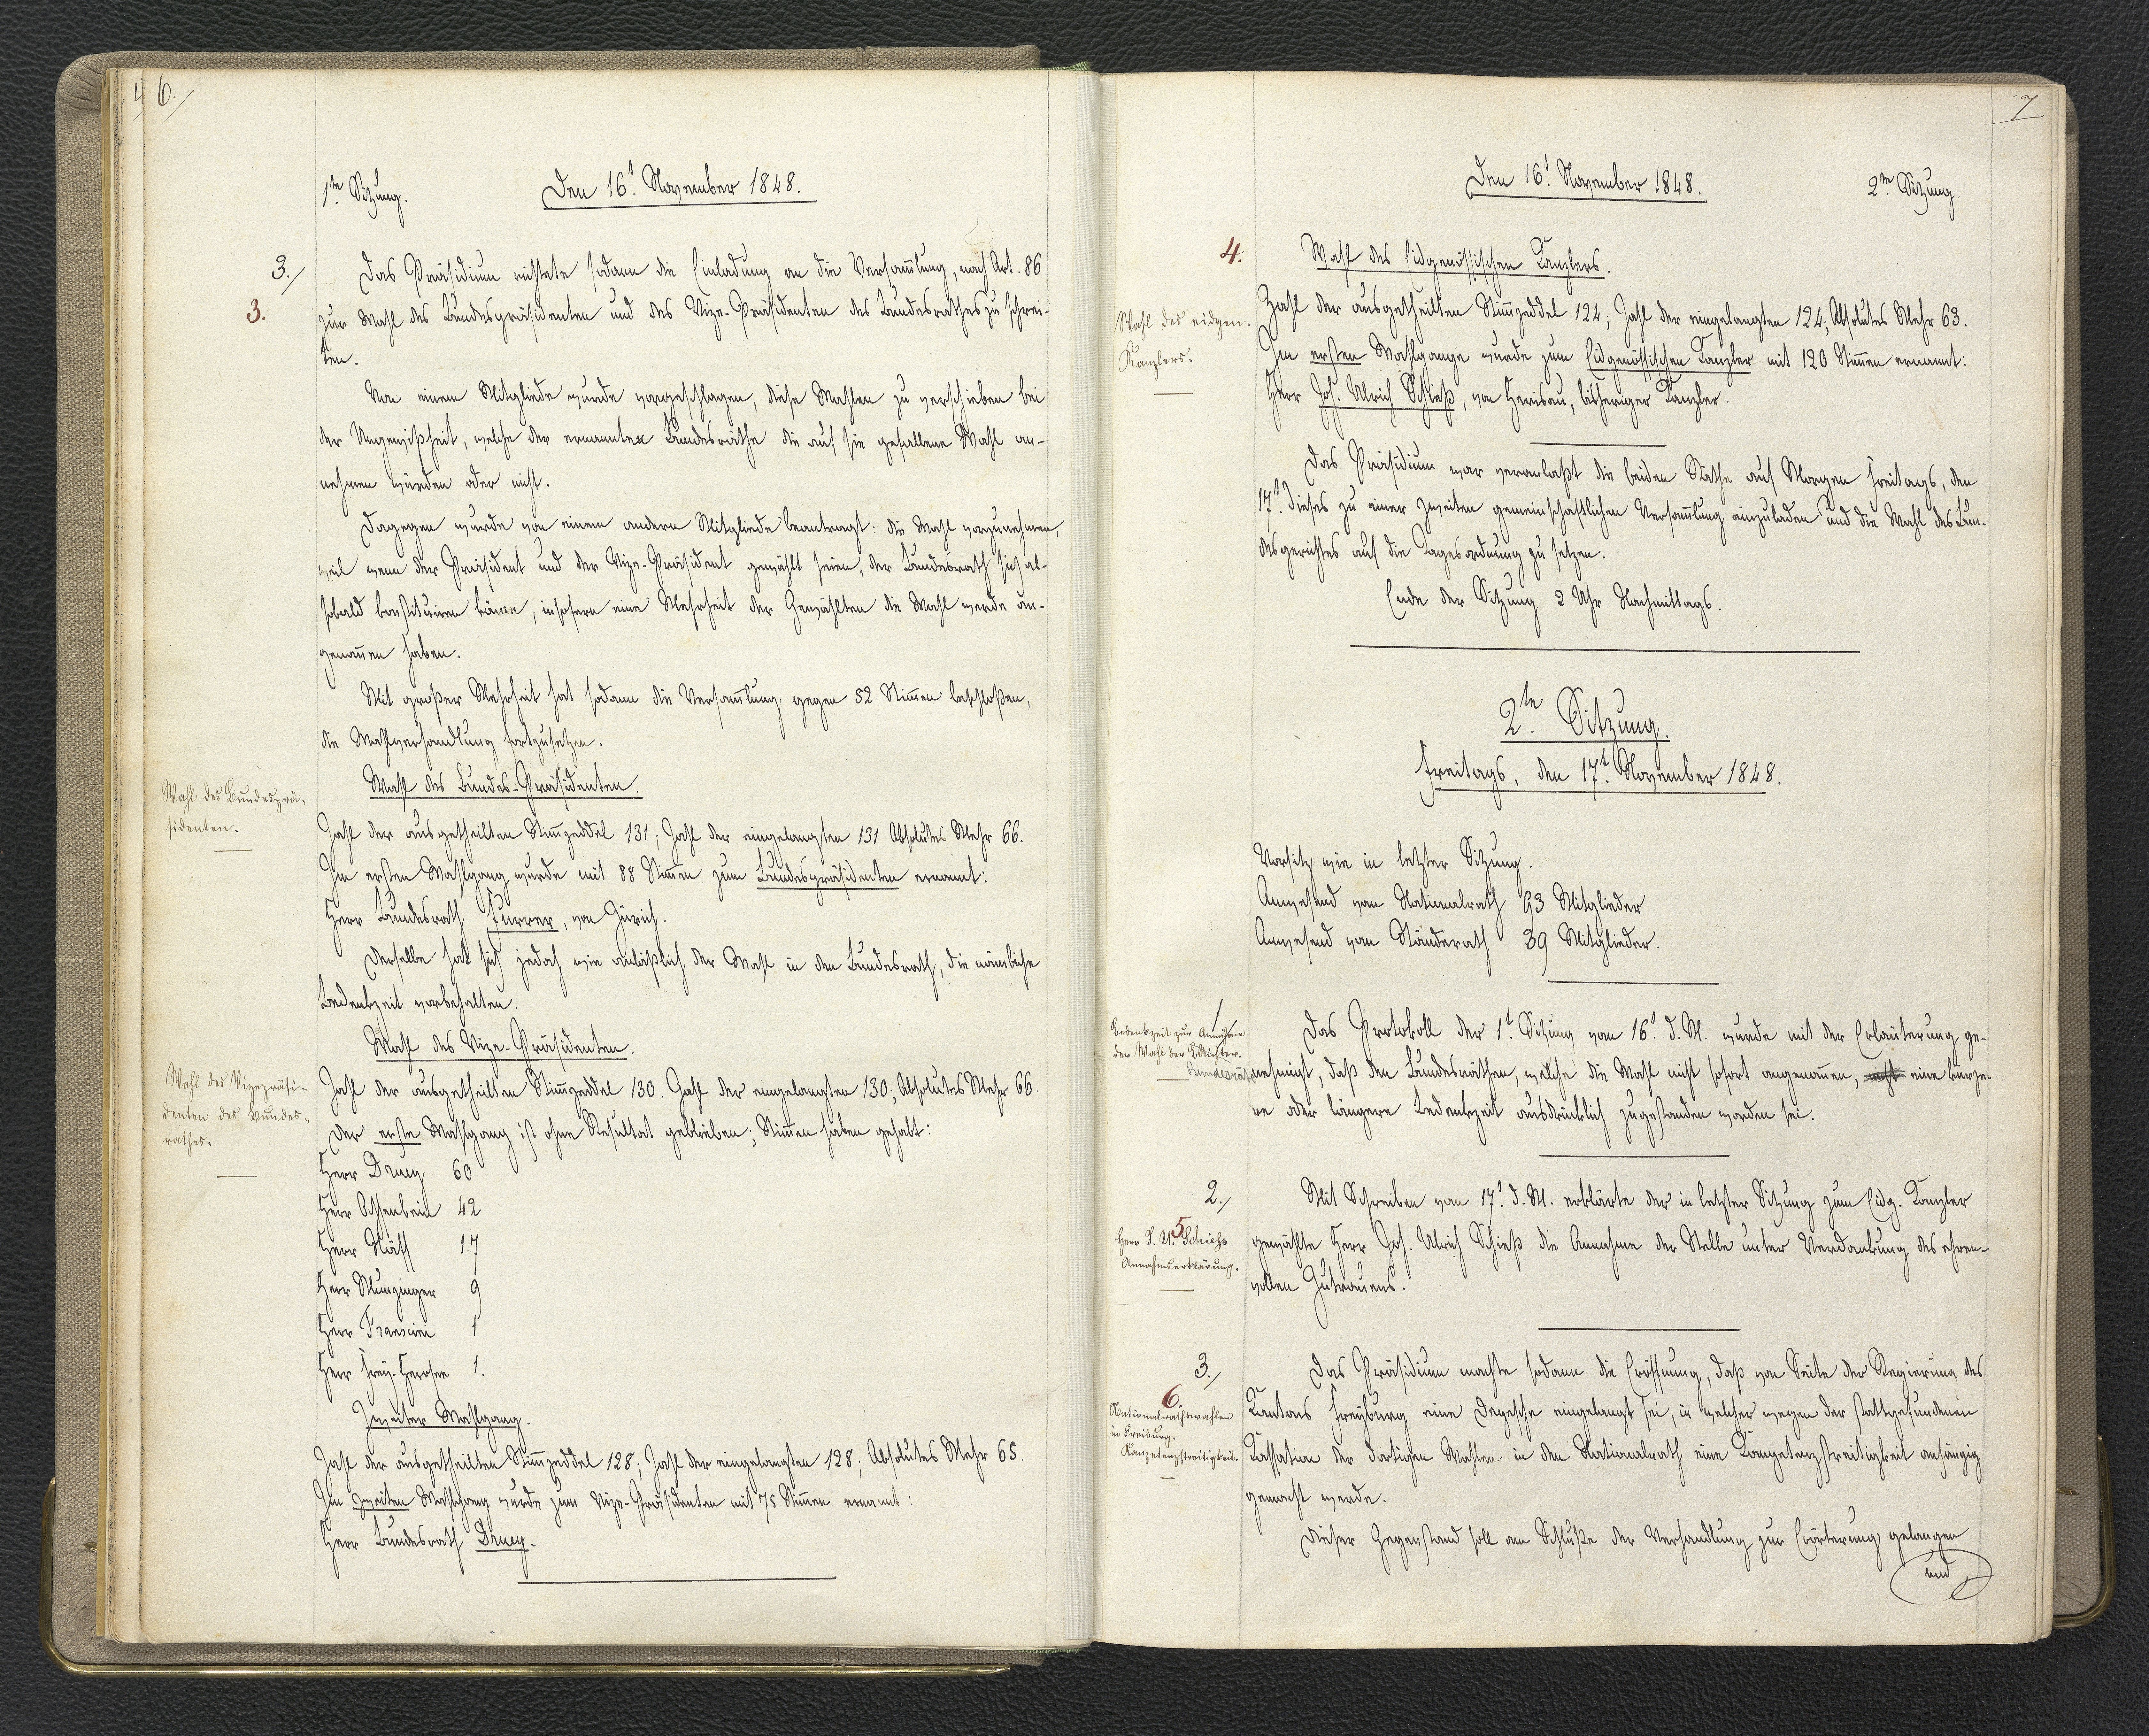
6.

1.te Sitzung.
Den 16.t November 1848.

Das Präsidium richtete sodann die Einladung an die Versammlung, nach Art. 86
zur Wahl des Bundespräsidenten und des Vize-Präsidenten des Bundesrathes zu schrei¬
ten.
Von einem Mitgliede wurde vorgeschlagen, diese Wahlen zu verschieben bei
der Ungewißheit, welche der ernannten Bundesräthe die auf sie gefallene Wahl an¬
nehmen würden oder nicht.
Dagegen wurde von einem andern Mitgliede beantragt: Die Wahl vorzunehmen,
weil wenn der Präsident und der Vize-Präsident gewählt seien, der Bundesrath sich al¬
sobald konstituiren könne, insofern eine Mehrheit der Gewählten die Wahl werde an¬
genommen haben.
Mit großer Mehrheit hat sodann die Versammlung gegen 52 Stimmen beschloßen,
die Wahlverhandlung fortzusetzen.
Wahl des Bundes-Präsidenten.
Zahl der ausgetheilten Stimmzeddel 131; Zahl der eingelangten 131 Absolutes Mehr 66.
Im ersten Wahlgang wurde mit 88 Stimmen zum Bundespräsidenten ernannt:
Herr Bundesrath Furrer, von Zürich.
Derselbe hat sich jedoch wie anläßlich der Wahl in den Bundesrath, die nämliche
Bedenkzeit vorbehalten.
Wahl des Vize-Präsidenten.
Zahl der ausgetheilten Stimmzeddel 130. Zahl der eingelangten 130; Absolutes Mehr 66.
Der erste Wahlgang ist ohne Resultat geblieben; Stimmen haben gehabt:
Herr Druey 60
Herr Ochsenbein 42
Herr Näff 17
Herr Munzinger 9
Herr Franscini 1
Herr Frey-Herosee 1
Zweiter Wahlgang.
Zahl der ausgetheilten Stimmzeddel 128; Zahl der eingelangten 128; Absolutes Mehr 65.
Im zweiten Wahlgang wurde zum Vize-Präsidenten mit 75 Stimmen ernannt:
Herr Bundesrath Druey.

3.
3.

Wahl des Bundesprä¬
sidenten.

Wahl des Vizepräsi¬
denten des Bundes¬
rathes.

7.

Den 16.t November 1848.
2.te Sitzung

Wahl des Eidgenössischen Kanzlers.
Zahl der ausgetheilten Stimmzeddel 124; Zahl der eingelangten 124; Absolutes Mehr 63.
Im ersten Wahlgange wurde zum Eidgenössischen Kanzler mit 120 Stimmen ernannt:
Herr Joh. Ulrich Schieß, von Herisau, bisheriger Kanzler.
Das Präsidium war veranlaßt die beiden Räthe auf Morgen Freitags, den
17.t dieses zu einer zweiten gemeinschaftlichen Versammlung einzuladen und die Wahl des Bun¬
desgerichtes auf die Tagesordnung zu setzen.
Ende der Sitzung 2 Uhr Nachmittags.

4.
Wahl des eidgen.
Kanzlers.